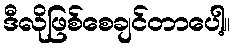
ဒီလိုဖြစ်စေချင်တာပေါ့။